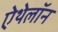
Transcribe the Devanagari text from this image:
ऐथेलॉन